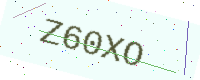
Text: Z60XO